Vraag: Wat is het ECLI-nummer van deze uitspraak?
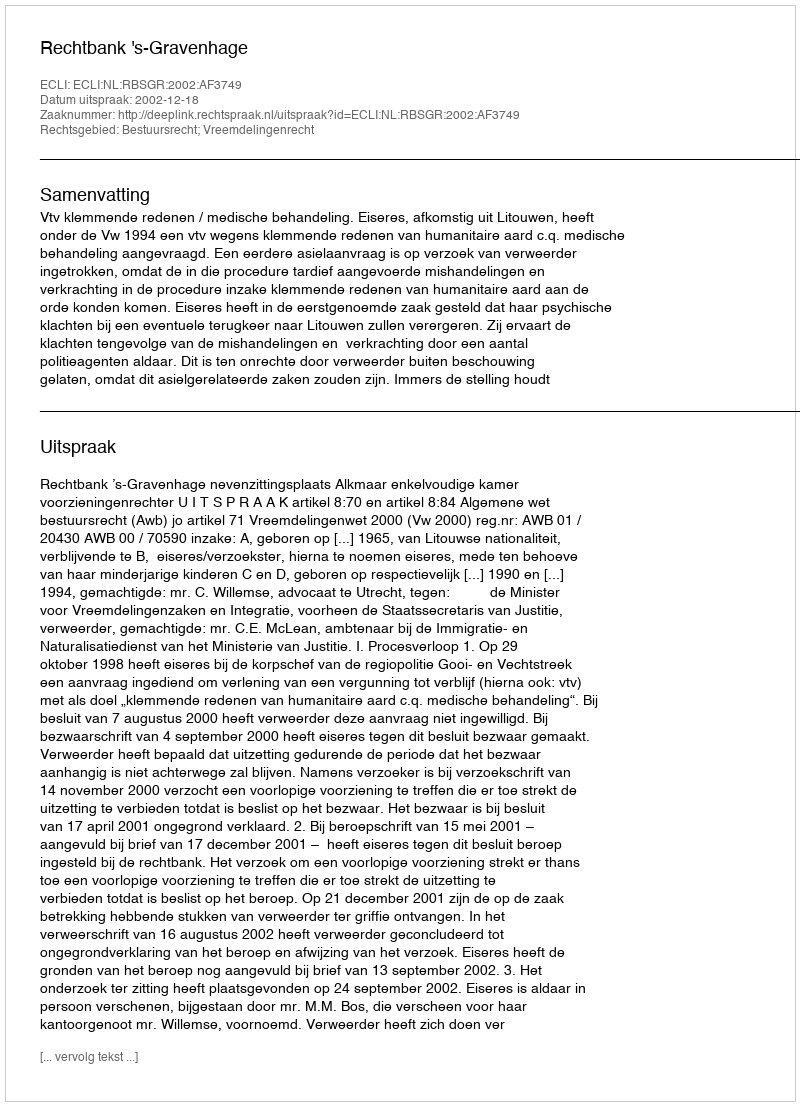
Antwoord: ECLI:NL:RBSGR:2002:AF3749